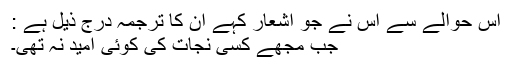
اس حوالے سے اس نے جو اشعار کہے ان کا ترجمہ درج ذیل ہے :
جب مجھے کسی نجات کی کوئی امید نہ تھی۔